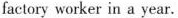
factory worker in a year.